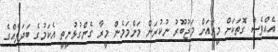
އެއްވެސް ގޮތަކަށް މީރާއަށް މަޖުބޫރު ނުކުރަން މަންމަމެން މީރާ ގެންގުޅުނީތީ އެކަމުގެ ބަދަލެއްގެ